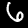
Label: 6